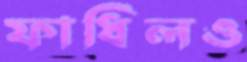
ফাধিলও